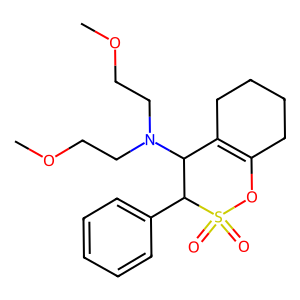
SMILES: COCCN(CCOC)C1C2=C(CCCC2)OS(=O)(=O)C1c1ccccc1
Inhibits HIV replication: No